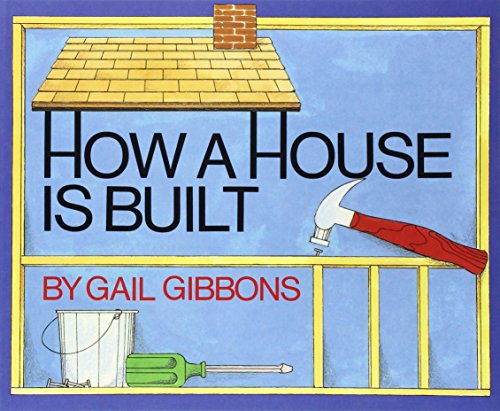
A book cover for How a House Is Built; Gail Gibbons; Children's Books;